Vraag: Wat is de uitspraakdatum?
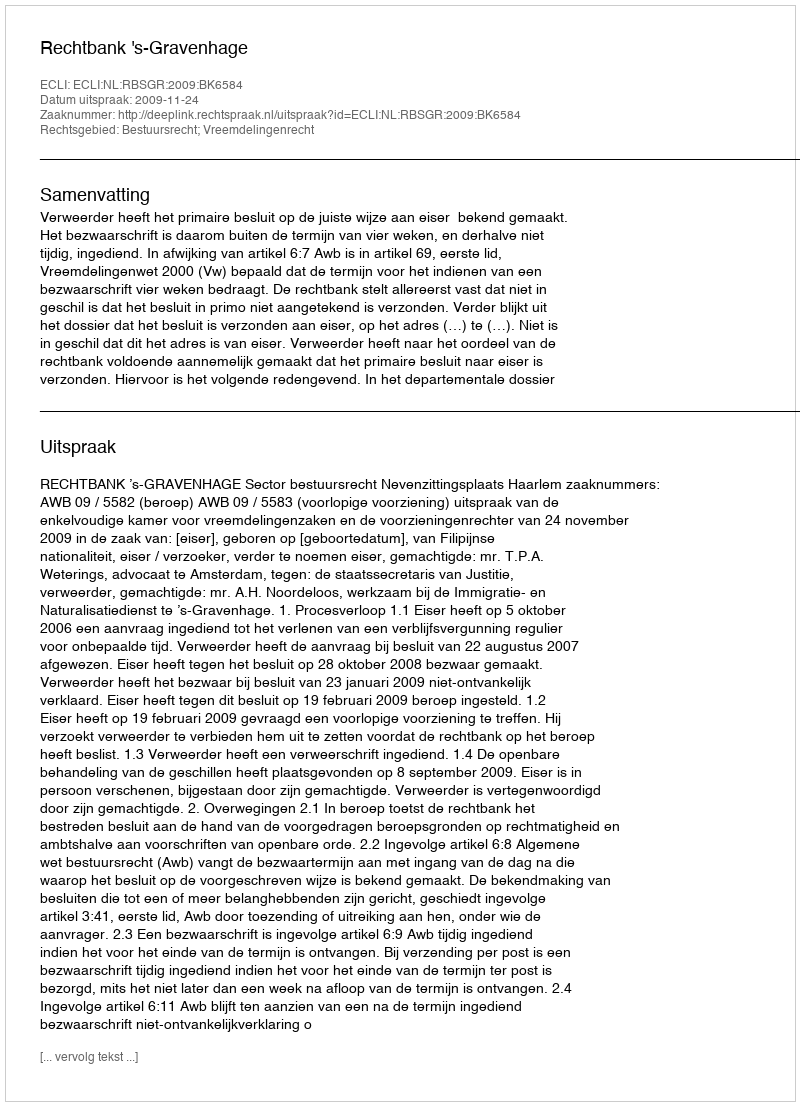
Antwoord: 2009-11-24